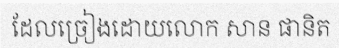
ដែលច្រៀងដោយលោក សាន ផានិត